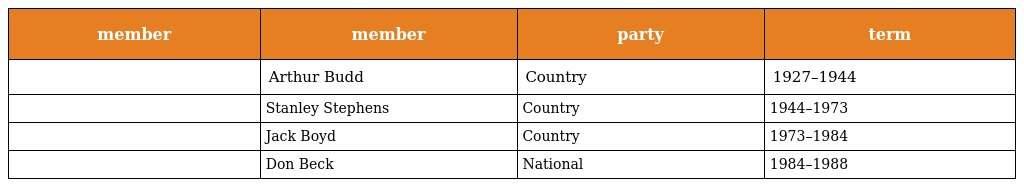
| member | member | party | term |
 | --- | --- | --- | --- |
 |  | Arthur Budd | Country | 1927–1944 |
 |  | Stanley Stephens | Country | 1944–1973 |
 |  | Jack Boyd | Country | 1973–1984 |
 |  | Don Beck | National | 1984–1988 |